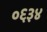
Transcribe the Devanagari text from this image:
०६३४